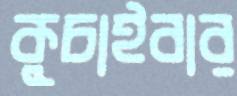
কুচাইবার